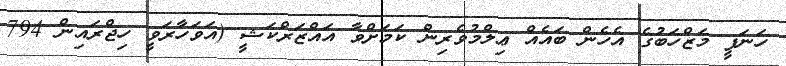
ހަނަފީ މަޒްހަބުގެ އެހެން ބައެއް ޢިލްމުވެރިން ކަމަށްވާ އައްޒަރްކަޝީ (އަވަހާރަވީ ހިޖްރައިން 794